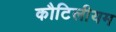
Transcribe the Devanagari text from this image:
कौटिलीयम